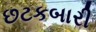
છટકબારી